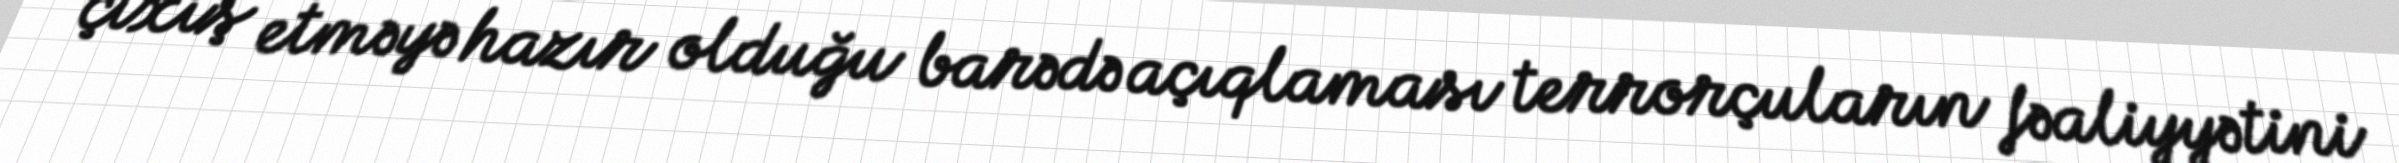
çıxış etməyə hazır olduğu barədə açıqlaması terrorçuların fəaliyyətini